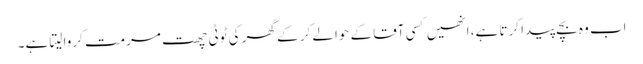
اب وہ بچے پیدا کرتا ہے، انھیں کسی آقا کے حوالے کر کے گھر کی ٹوٹی چھت مرمت کروا لیتا ہے۔